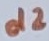
Text: d2